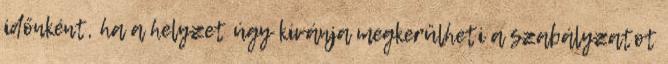
időnként, ha a helyzet úgy kívánja megkerülheti a szabályzatot